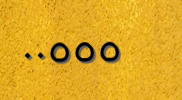
٠٠٥٥٥